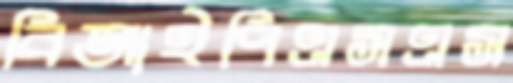
বিআইপিএসএস